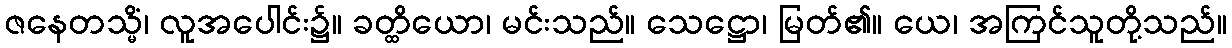
ဇနေတသ္မိံ၊ လူအပေါင်း၌။ ခတ္ထိယော၊ မင်းသည်။ သေဋ္ဌော၊ မြတ်၏။ ယေ၊ အကြင်သူတို့သည်။